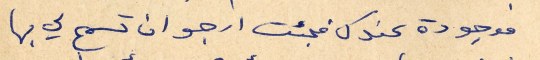
موجودة عندك فجئت ارجو ان تسمح لي بها